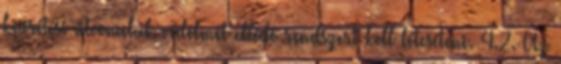
kiürítési útvonalak védelmét ellátó rendszert kell létesíteni. 4.2. Az